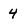
Character: 4